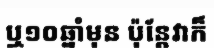
ឬ១០ឆ្នាំមុន ប៉ុន្តែវាក៏